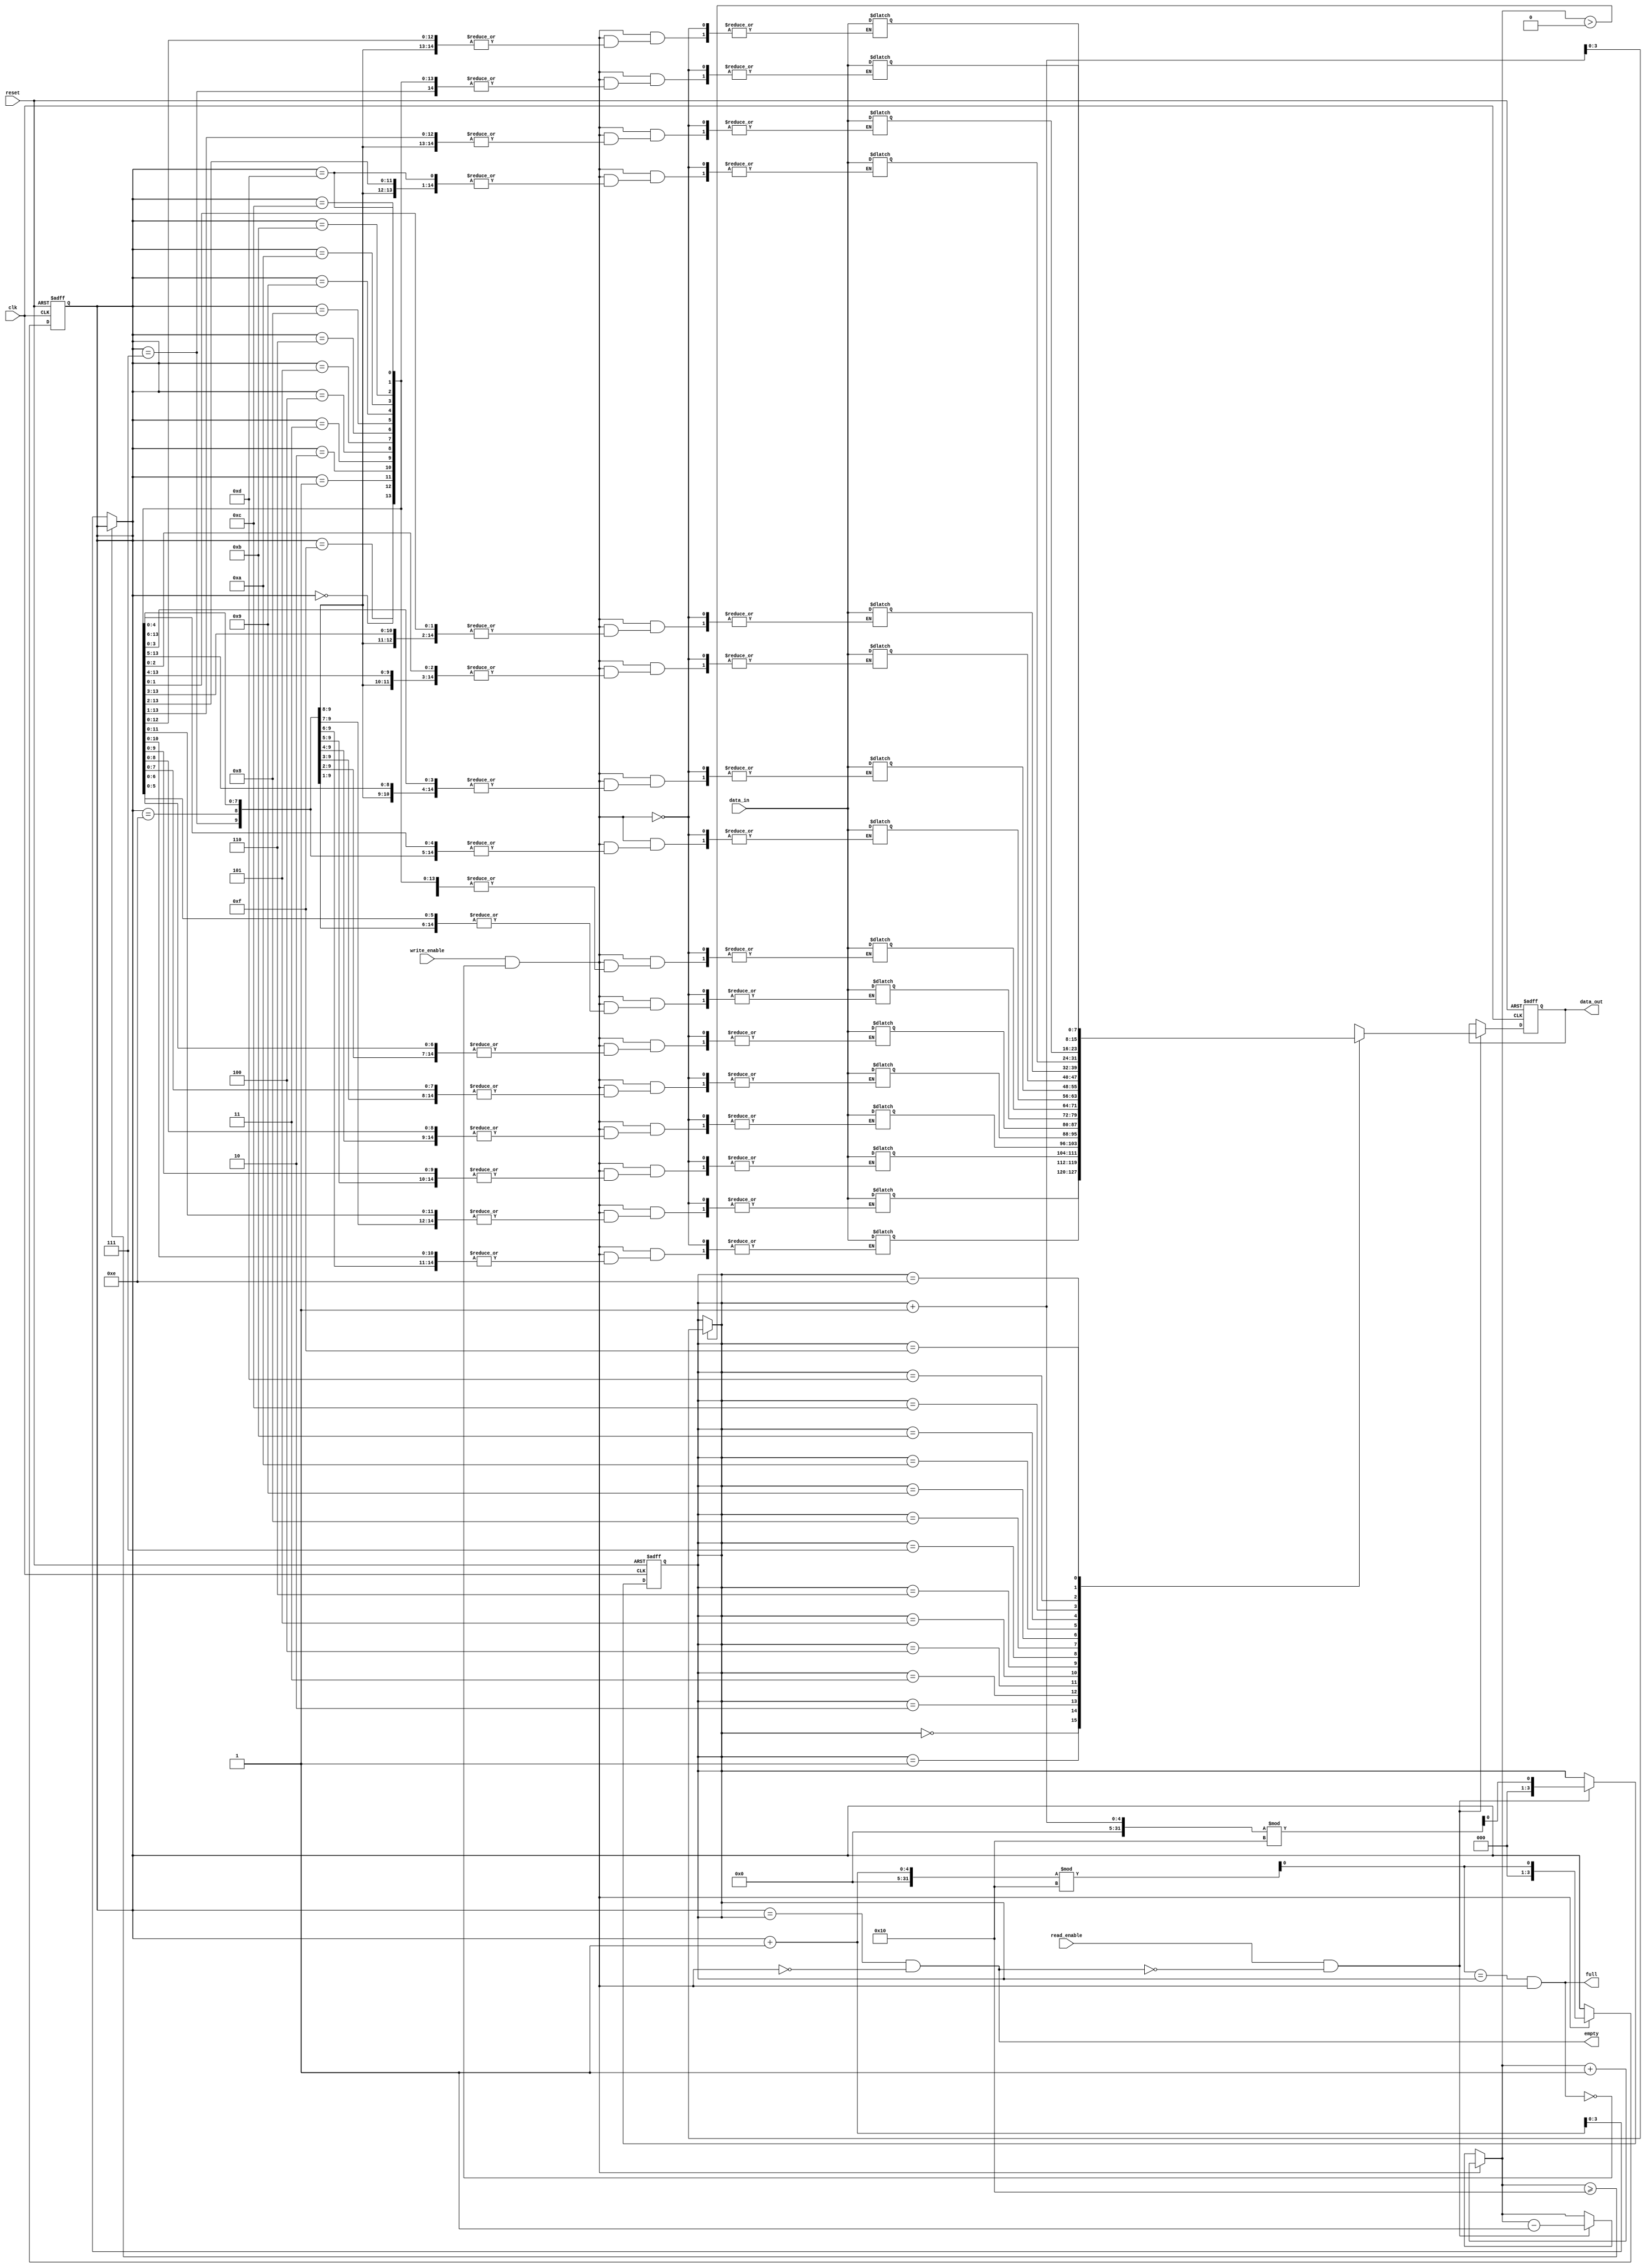
module Gray_FIFO (
  input wire clk,
  input wire reset,
  input wire write_enable,
  input wire read_enable,
  input wire [DATA_WIDTH-1:0] data_in,
  output reg [DATA_WIDTH-1:0] data_out,
  output wire empty,
  output wire full
);

parameter DEPTH = 16;
parameter DATA_WIDTH = 8;
parameter ADDR_WIDTH = $clog2(DEPTH);

reg [DATA_WIDTH-1:0] memory [0:DEPTH-1];
reg [ADDR_WIDTH-1:0] write_ptr, read_ptr;
wire [ADDR_WIDTH-1:0] next_write_ptr, next_read_ptr;
wire [DATA_WIDTH-1:0] next_data_out;
wire [ADDR_WIDTH-1:0] num_elements;
wire [ADDR_WIDTH-1:0] next_num_elements;
wire read_ptr_plus_1, write_ptr_plus_1;
wire reg_write, reg_read;

assign read_ptr_plus_1 = (read_ptr + 1) % DEPTH;
assign write_ptr_plus_1 = (write_ptr + 1) % DEPTH;
assign reg_write = write_enable && !full;
assign reg_read = read_enable && !empty;

always @ (posedge clk or posedge reset) begin
  if (reset) begin
    write_ptr <= 0;
    read_ptr <= 0;
    data_out <= 0;
  end else begin
    write_ptr <= reg_write ? write_ptr_plus_1 : write_ptr;
    read_ptr <= reg_read ? read_ptr_plus_1 : read_ptr;
    data_out <= reg_read ? memory[read_ptr] : data_out;
  end
end

assign empty = (write_ptr == read_ptr) && !reg_write;
assign full = (write_ptr_plus_1 == read_ptr) && reg_write;

 always @ (*) begin
    if(num_elements >= DEPTH)
        next_write_ptr = write_ptr;
    else
        next_write_ptr = write_ptr + 1;

    if(num_elements > 0)
        next_read_ptr = read_ptr + 1;
    else
        next_read_ptr = read_ptr;

    if(reg_write)
        next_num_elements = num_elements + 1;
    else if(reg_read)
        next_num_elements = num_elements - 1;
    else
        next_num_elements = num_elements;
 end

 always @ (*) begin
    if(reg_write)
        memory[write_ptr] = data_in;
    num_elements = next_num_elements;
    read_ptr = next_read_ptr;
    write_ptr = next_write_ptr;
    data_out = next_data_out;
 end

endmodule